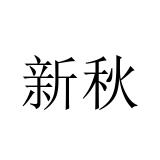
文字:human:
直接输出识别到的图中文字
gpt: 新秋